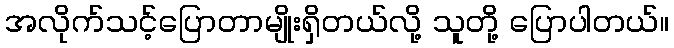
အလိုက်သင့်ပြောတာမျိုးရှိတယ်လို့ သူတို့ ပြောပါတယ်။